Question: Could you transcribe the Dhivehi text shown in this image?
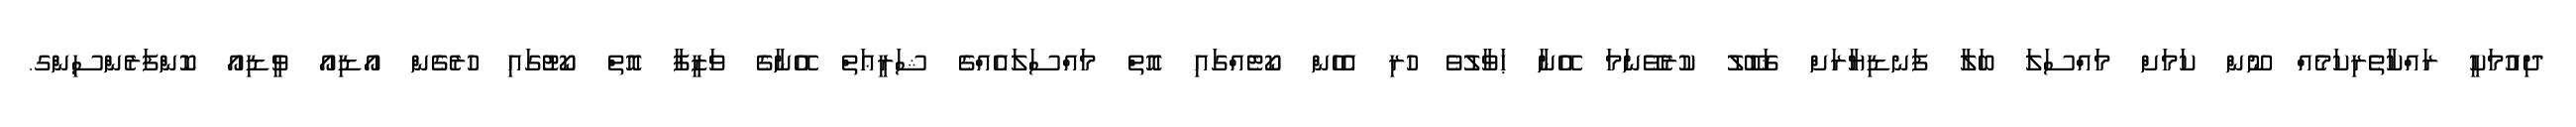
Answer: ދިއުމަކީ ރައްކާތެރިކަމެއް ނޫން ކަމަށް މައްސަލަ ބަލާ ފަނޑިޔާރަށް ޤަބޫލު ކުރެވޭނަމަ އޭނާ ޙަވާލުވެ ހުރި އެހެން ކޯޓެއްގައި އޮތް މައްސަލައެއްގެ ޝަރީޢަތް އޭނާގެ ވަޒީފާ އޮތް ކޯޓުގައި ހުރެގެން އޯޑިއޯ ވީޑިއޯ ކޮންފަރެންސިންގ.